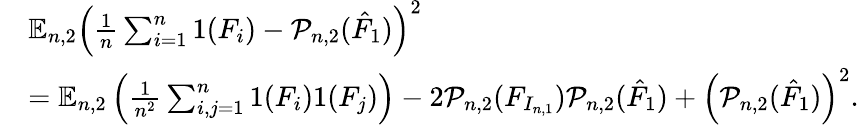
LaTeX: \begin{array}{rl}&{\mathbb{E}_{n,2}\left(\frac{1}{n}\sum_{i=1}^{n}1(F_{i})-\mathcal{P}_{n,2}(\hat{F}_{1})\right)^{2}}\\ &{=\mathbb{E}_{n,2}\left(\frac{1}{n^{2}}\sum_{i,j=1}^{n}1(F_{i})1(F_{j})\right)-2\mathcal{P}_{n,2}(F_{I_{n,1}})\mathcal{P}_{n,2}(\hat{F}_{1})+\left(\mathcal{P}_{n,2}(\hat{F}_{1})\right)^{2}.}\end{array}